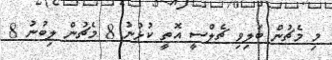
މި މެޗުން ބަލިވި ޗެލްސީ އޮތީ ކުޅުނު 8 މެޗުން ލިބުނު 8